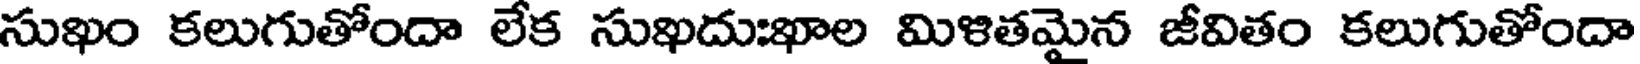
సుఖం కలుగుతోందా లేక సుఖదుఃఖాల మిళితమైన జీవితం కలుగుతోందా